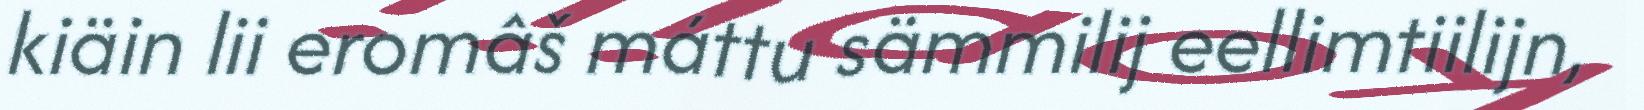
kiäin lii eromâš máttu sämmilij eellimtiilijn,